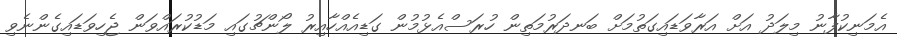
އެމަނިކުފާނު މިލަދު އަށް އަރާވަޑައިގަތުމަށް ބަނދަރުމަތިން ހުރަސްއެޅުމުން ގަޑިއެއްހާއިރު ލޯންޗުގައި މަޑުކުރައްވަން ޖެހިވަޑައިގެންނެވި